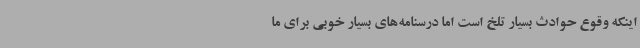
اینکه وقوع حوادث بسیار تلخ است اما درسنامه‌های بسیار خوبی برای ما